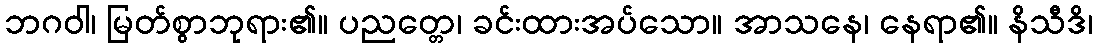
ဘဂဝါ၊ မြတ်စွာဘုရား၏။ ပညတ္တေ၊ ခင်းထားအပ်သော။ အာသနေ၊ နေရာ၏။ နိသီဒိ၊